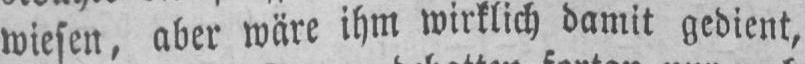
wiesen, aber wäre ihm wirklich damit gedient,